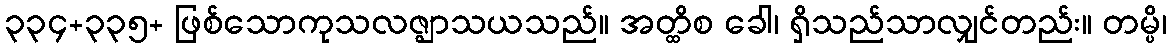
၃၃၄+၃၃၅+ ဖြစ်သောကုသလဇ္ဈာသယသည်။ အတ္ထိစ ခေါ၊ ရှိသည်သာလျှင်တည်း။ တမ္ပိ၊